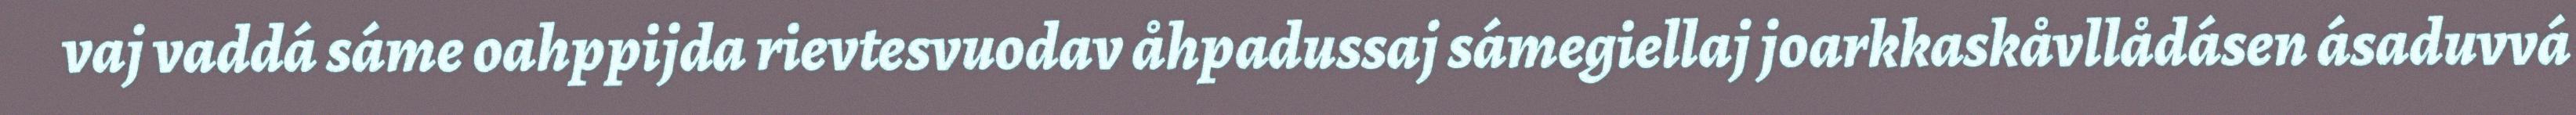
vaj vaddá sáme oahppijda rievtesvuodav åhpadussaj sámegiellaj joarkkaskåvllådásen ásaduvvá